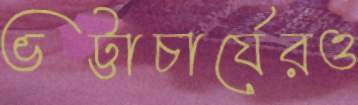
ভট্টাচার্যেরও